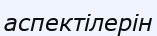
аспектілерін